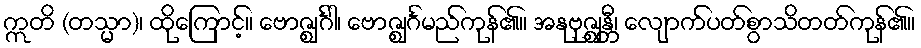
ဣတိ (တသ္မာ)၊ ထိုကြောင့်။ ဗောဇ္ဈင်္ဂါ၊ ဗောဇ္ဈင်္ဂမည်ကုန်၏။ အနုဗုဇ္ဈန္တီ၊ လျောက်ပတ်စွာသိတတ်ကုန်၏။